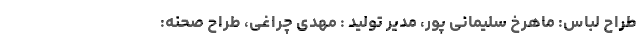
طراح لباس: ماهرخ سلیمانی پور، مدیر تولید : مهدی چراغی، طراح صحنه: